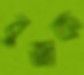
বুজক